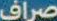
صراف